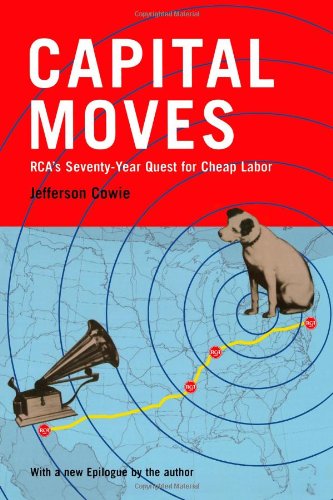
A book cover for Capital Moves: RCA's Seventy-Year Quest for Cheap Labor (with a New Epilogue); Jefferson Cowie; Business & Money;